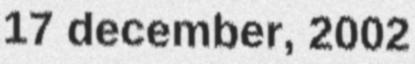
17 december, 2002